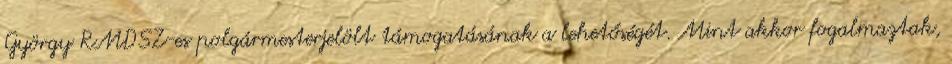
György RMDSZ-es polgármesterjelölt támogatásának a lehetőségét. Mint akkor fogalmaztak,